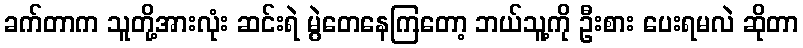
ခက်တာက သူတို့အားလုံး ဆင်းရဲ မွဲတေနေကြတော့ ဘယ်သူ့ကို ဦးစား ပေးရမလဲ ဆိုတာ